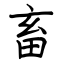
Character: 畜